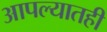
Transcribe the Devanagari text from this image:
आपल्यातही